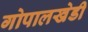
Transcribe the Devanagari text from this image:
गोपालखेडी